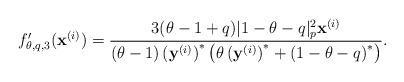
LaTeX: \begin{align*}f'_{\theta, q, 3}(\mathbf{x}^{(i)})=\frac{3(\theta-1+q)|1-\theta-q|_p^2\mathbf{x}^{(i)}}{(\theta-1)\left(\mathbf{y}^{(i)}\right)^*\left(\theta \left(\mathbf{y}^{(i)}\right)^{*}+\left(1-\theta-q\right)^{*}\right)}.\end{align*}